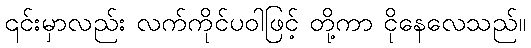
၎င်းမှာလည်း လက်ကိုင်ပဝါဖြင့် တို့ကာ ငိုနေလေသည်။